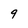
Character: 9